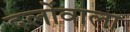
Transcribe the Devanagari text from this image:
दलोंवाला